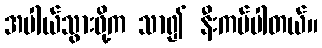
အပါယ်သွားဖို့က သာ၍ နီးကပ်ပါတယ်။